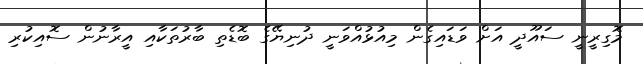
މޮގިރީނީ ސައޫދީ އަށް ވަޑައިގެން މިއުޅުއްވަނީ ދުނިޔޭގެ ބޮޑެތި ބާރުތަކާއި އީރާނުން ސޮއިކުރި